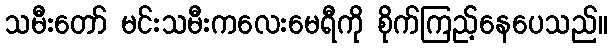
သမီးတော် မင်းသမီးကလေးမေရီကို စိုက်ကြည့်နေပေသည်။